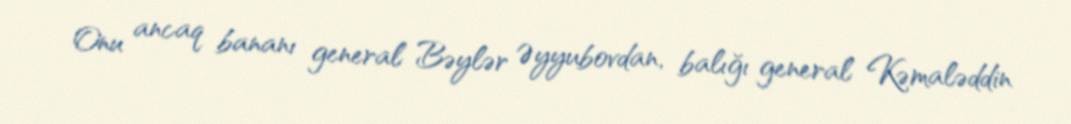
Onu ancaq bananı general Bəylər Əyyubovdan, balığı general Kəmaləddin